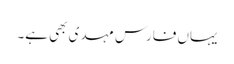
یہاں فارس مہدی بھی ہے۔